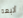
أتبعه